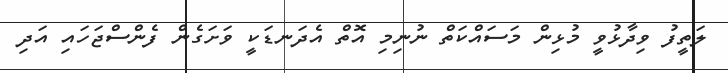
ލަތީފު ވިދާޅުވީ މުޅިން މަސައްކަތް ނުނިމި އޮތް އެދަނޑަކީ ވަށަގެން ފެންސްޖަހައި އަދި